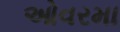
ઓવરમા